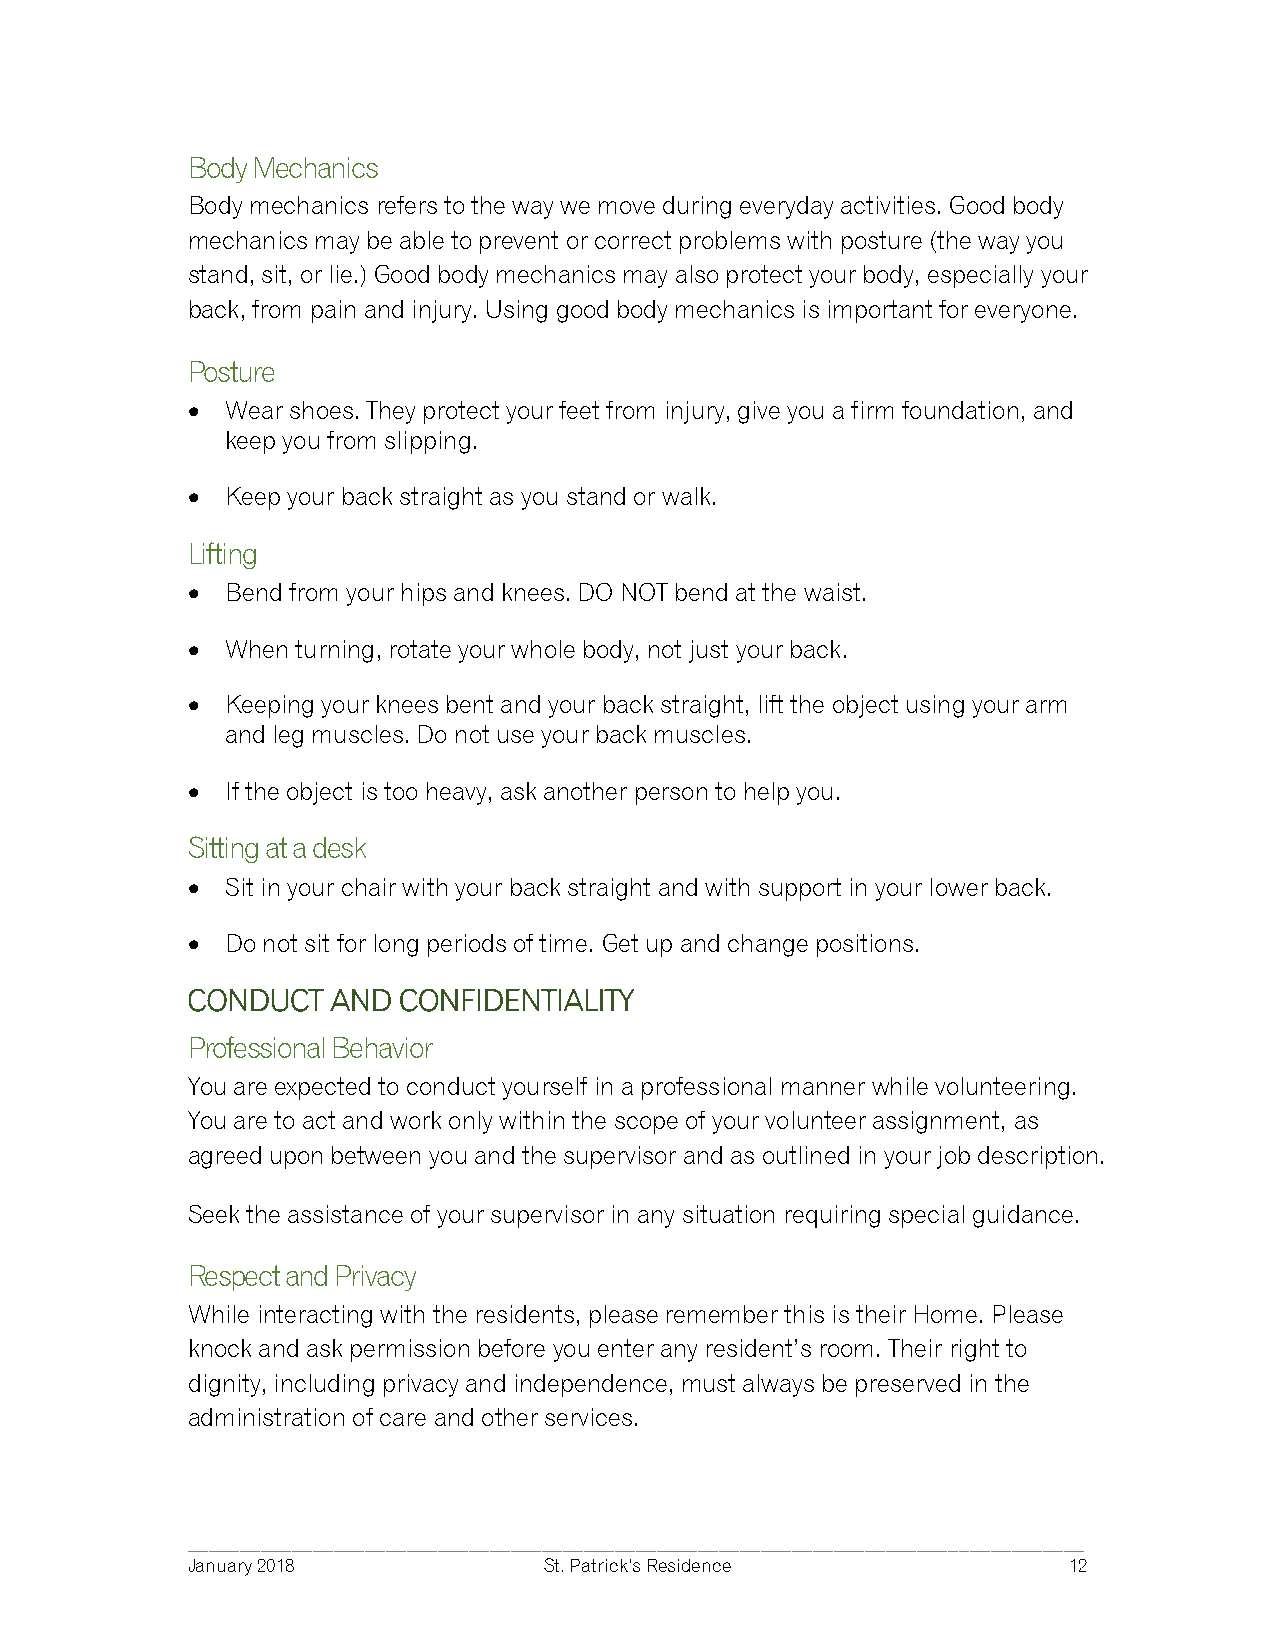
Body Mechanics
 Body mechanics refers to the way we move during everyday activities. Good body
 mechanics may be able to prevent or correct problems with posture (the way you
 stand, sit, or lie.) Good body mechanics may also protect your body, especially your
 back, from pain and injury. Using good body mechanics is important for everyone.
 Posture
 •  Wear shoes. They protect your feet from injury, give you a firm foundation, and
 keep you from slipping.
 •  Keep your back straight as you stand or walk.
 Lifting
 •  Bend from your hips and knees. DO NOT bend at the waist.
 •  When turning, rotate your whole body, not just your back.
 •  Keeping your knees bent and your back straight, lift the object using your arm
 and leg muscles. Do not use your back muscles.
 •  If the object is too heavy, ask another person to help you.
 Sitting at a desk
 •  Sit in your chair with your back straight and with support in your lower back.
 •  Do not sit for long periods of time. Get up and change positions.
 CONDUCT   AND CONFIDENTIALITY
 Professional Behavior
 You are expected to conduct yourself in a professional manner while volunteering.
 You are to act and work only within the scope of your volunteer assignment, as
 agreed upon between you and the supervisor and as outlined in your job description.
 Seek the assistance of your supervisor in any situation requiring special guidance.
 Respect and Privacy
 While interacting with the residents, please remember this is their Home. Please
 knock and ask permission before you enter any resident’s room. Their right to
 dignity, including privacy and independence, must always be preserved in the
 administration of care and other services.
 ______________________________________________________________________________________
 January 2018            St. Patrick’s Residence            12